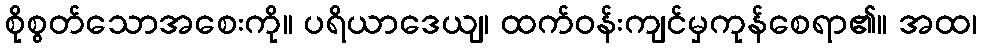
စိုစွတ်သောအစေးကို။ ပရိယာဒေယျ၊ ထက်ဝန်းကျင်မှကုန်စေရာ၏။ အထ၊